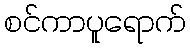
စင်ကာပူရောက်